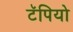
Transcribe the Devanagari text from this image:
टॅपियो